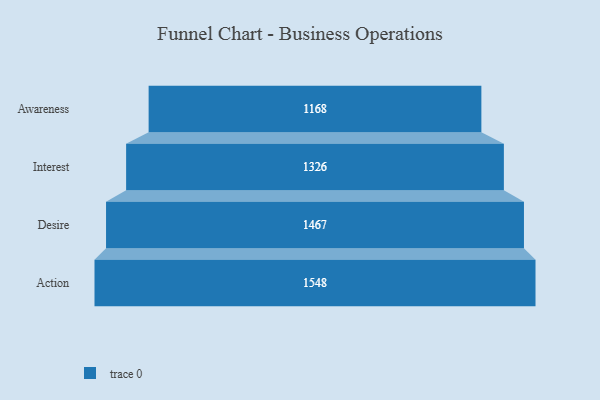
{"axis": {"x": "Stage", "y": "Value"}, "legend": [""], "data": [{"x": "Awareness", "y": 1168.0, "type": ""}, {"x": "Interest", "y": 1326.0, "type": ""}, {"x": "Desire", "y": 1467.0, "type": ""}, {"x": "Action", "y": 1548.0, "type": ""}]}